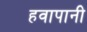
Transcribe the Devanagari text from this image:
हवापानी